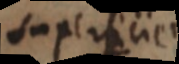
superficiei